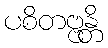
ပစိတဗ္ဗန္တိ